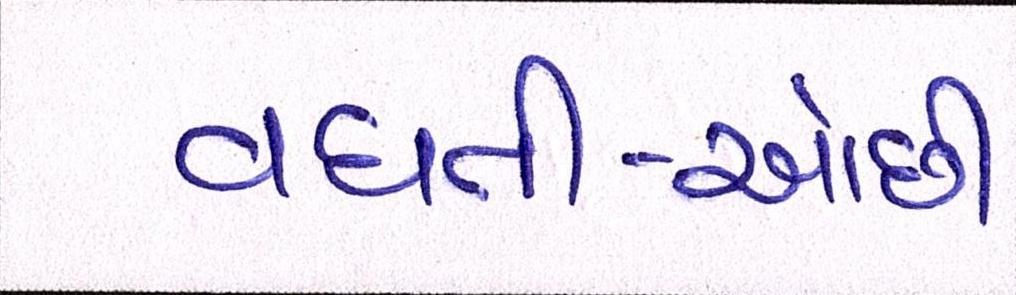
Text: વધતી-ઓછી